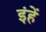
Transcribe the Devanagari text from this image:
इंहें